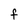
Character: f